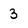
Character: 3